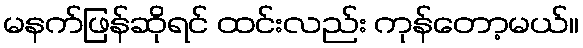
မနက်ဖြန်ဆိုရင် ထင်းလည်း ကုန်တော့မယ်။